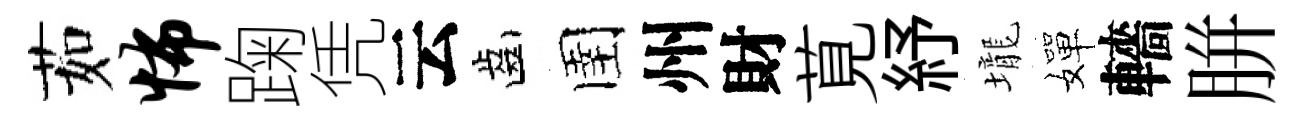
茹怖踘凭云齒圉州財莧紓壠嬋轖胼